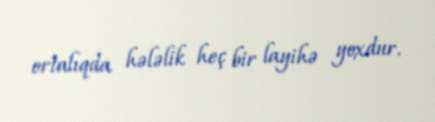
ortalıqda hələlik heç bir layihə yoxdur.